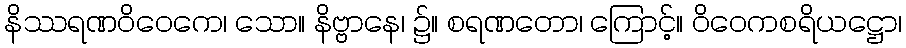
နိဿရဏဝိဝေကေ၊ သော။ နိဗ္ဗာနေ၊ ၌။ စရဏတော၊ ကြောင့်။ ဝိဝေကစရိယဋ္ဌော၊